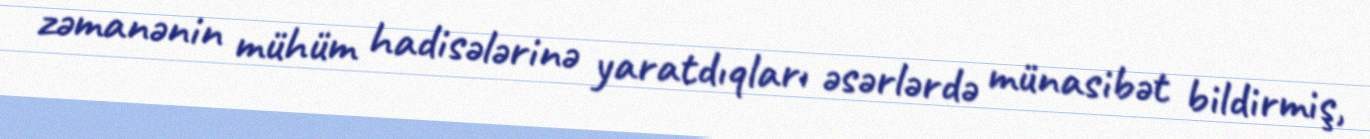
zəmanənin mühüm hadisələrinə yaratdıqları əsərlərdə münasibət bildirmiş,